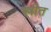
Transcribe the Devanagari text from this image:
स्त्रीत